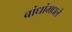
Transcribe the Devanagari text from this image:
बांधांमधले